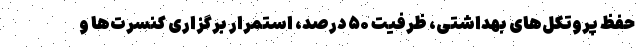
حفظ پروتکل‌های بهداشتی، ظرفیت ۵۰ درصد، استمرار برگزاری کنسرت‌ها و